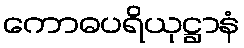
ကောဓပရိယုဋ္ဌာနံ